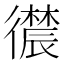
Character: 𪫛